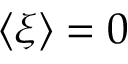
\langle \xi \rangle = 0